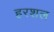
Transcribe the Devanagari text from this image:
हरशल